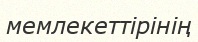
мемлекеттірінің